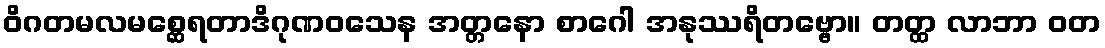
ဝိဂတမလမစ္ဆေရတာဒိဂုဏဝသေန အတ္တနော စာဂေါ အနုဿရိတဗ္ဗော။ တတ္ထ လာဘာ ဝတ